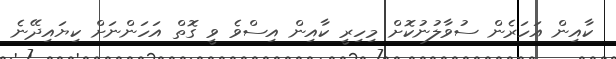
ކާއިން އަހަރެން ސުވާލުނުކޮށް މިހިރީ ކާއިން އިސްވެ ވީ ގޮތް އަހަންނަށް ކިޔައިދޭނެ